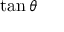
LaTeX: \tan \theta